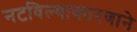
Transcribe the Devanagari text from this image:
नटविल्याकारणाने